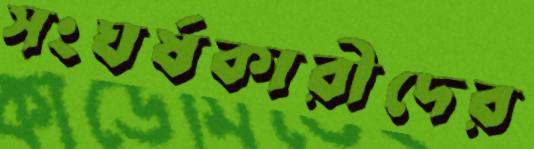
সংঘর্ষকারীদের